Annual report of the Punjab Veterinary College and of the Civil Veterinary Department, Punjab - 1926-1932
Year: 1926
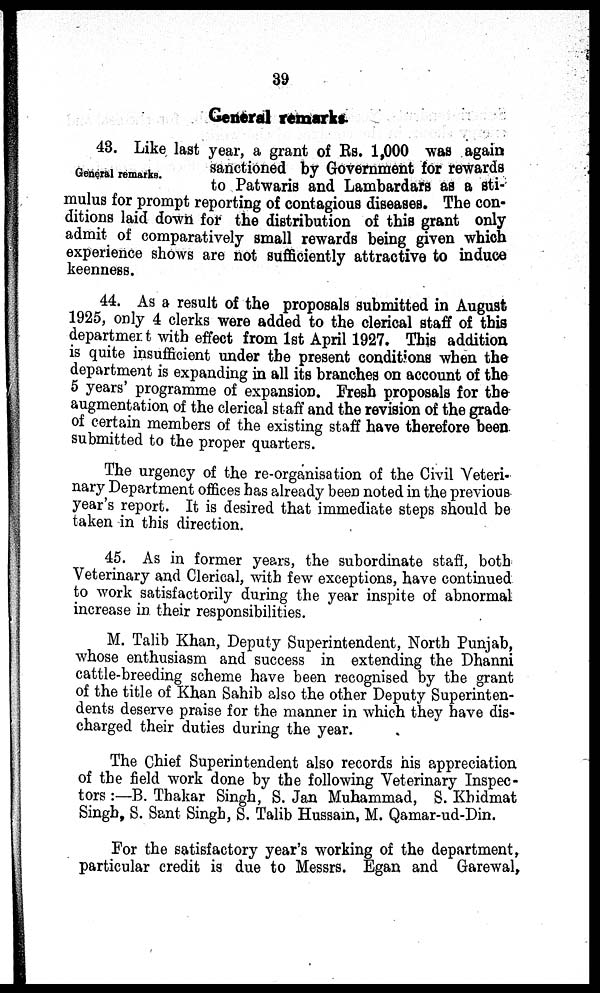
39
General remarks.
General remarks.
43. Like last year, a grant of Rs. 1,000 was again
sanctioned by Government for rewards
to Patwaris and Lambardars as a sti-
mulus for prompt reporting of contagious diseases. The con-
ditions laid down for the distribution of this grant only
admit of comparatively small rewards being given which
experience shows are not sufficiently attractive to induce
keenness.
44. As a result of the proposals submitted in August
1925, only 4 clerks were added to the clerical staff of this
department with effect from 1st April 1927. This addition
is quite insufficient under the present conditions when the
department is expanding in all its branches on account of the
5 years' programme of expansion. Fresh proposals for the
augmentation of the clerical staff and the revision of the grade
of certain members of the existing staff have therefore been
submitted to the proper quarters.
The urgency of the re-organisation of the Civil Veteri-
nary Department offices has already been noted in the previous
year's report. It is desired that immediate steps should be
taken in this direction.
45. As in former years, the subordinate staff, both
Veterinary and Clerical, with few exceptions, have continued
to work satisfactorily during the year inspite of abnormal
increase in their responsibilities.
M. Talib Khan, Deputy Superintendent, North Punjab,
whose enthusiasm and success in extending the Dhanni
cattle-breeding scheme have been recognised by the grant
of the title of Khan Sahib also the other Deputy Superinten-
dents deserve praise for the manner in which they have dis-
charged their duties during the year.
The Chief Superintendent also records his appreciation
of the field work done by the following Veterinary Inspec-
tors :—B. Thakar Singh, S. Jan Muhammad, S. Khidmat
Singh, S. Sant Singh, S. Talib Hussain, M. Qamar-ud-Din.
For the satisfactory year's working of the department,
particular credit is due to Messrs. Egan and Garewal,